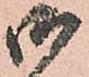
御